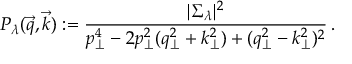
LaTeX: P _ { \lambda } ( \vec { q } , \vec { k } ) : = { \frac { | \Sigma _ { \lambda } | ^ { 2 } } { p _ { \perp } ^ { 4 } - 2 p _ { \perp } ^ { 2 } ( q _ { \perp } ^ { 2 } + k _ { \perp } ^ { 2 } ) + ( q _ { \perp } ^ { 2 } - k _ { \perp } ^ { 2 } ) ^ { 2 } } } \, .